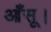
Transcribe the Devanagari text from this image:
आँसू।